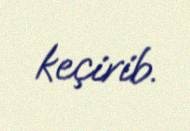
keçirib.